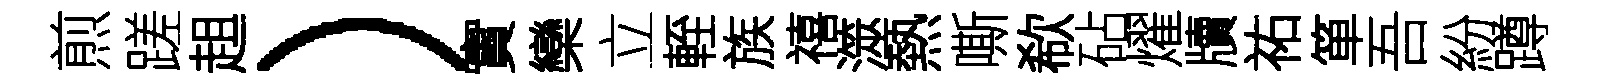
煎蹉趄）實欒立輊族禧澨熱嘶欷砧燿牘祐箪吾紛蹲